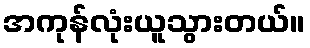
အကုန်လုံးယူသွားတယ်။